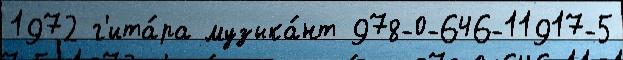
1972 г'ита́ра музыка́нт 978-0-646-11917-5